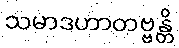
သမာဒဟာတဗ္ဗန္တိ